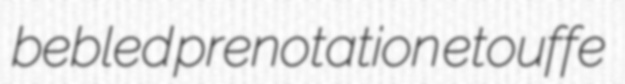
bebled prenotation etouffe